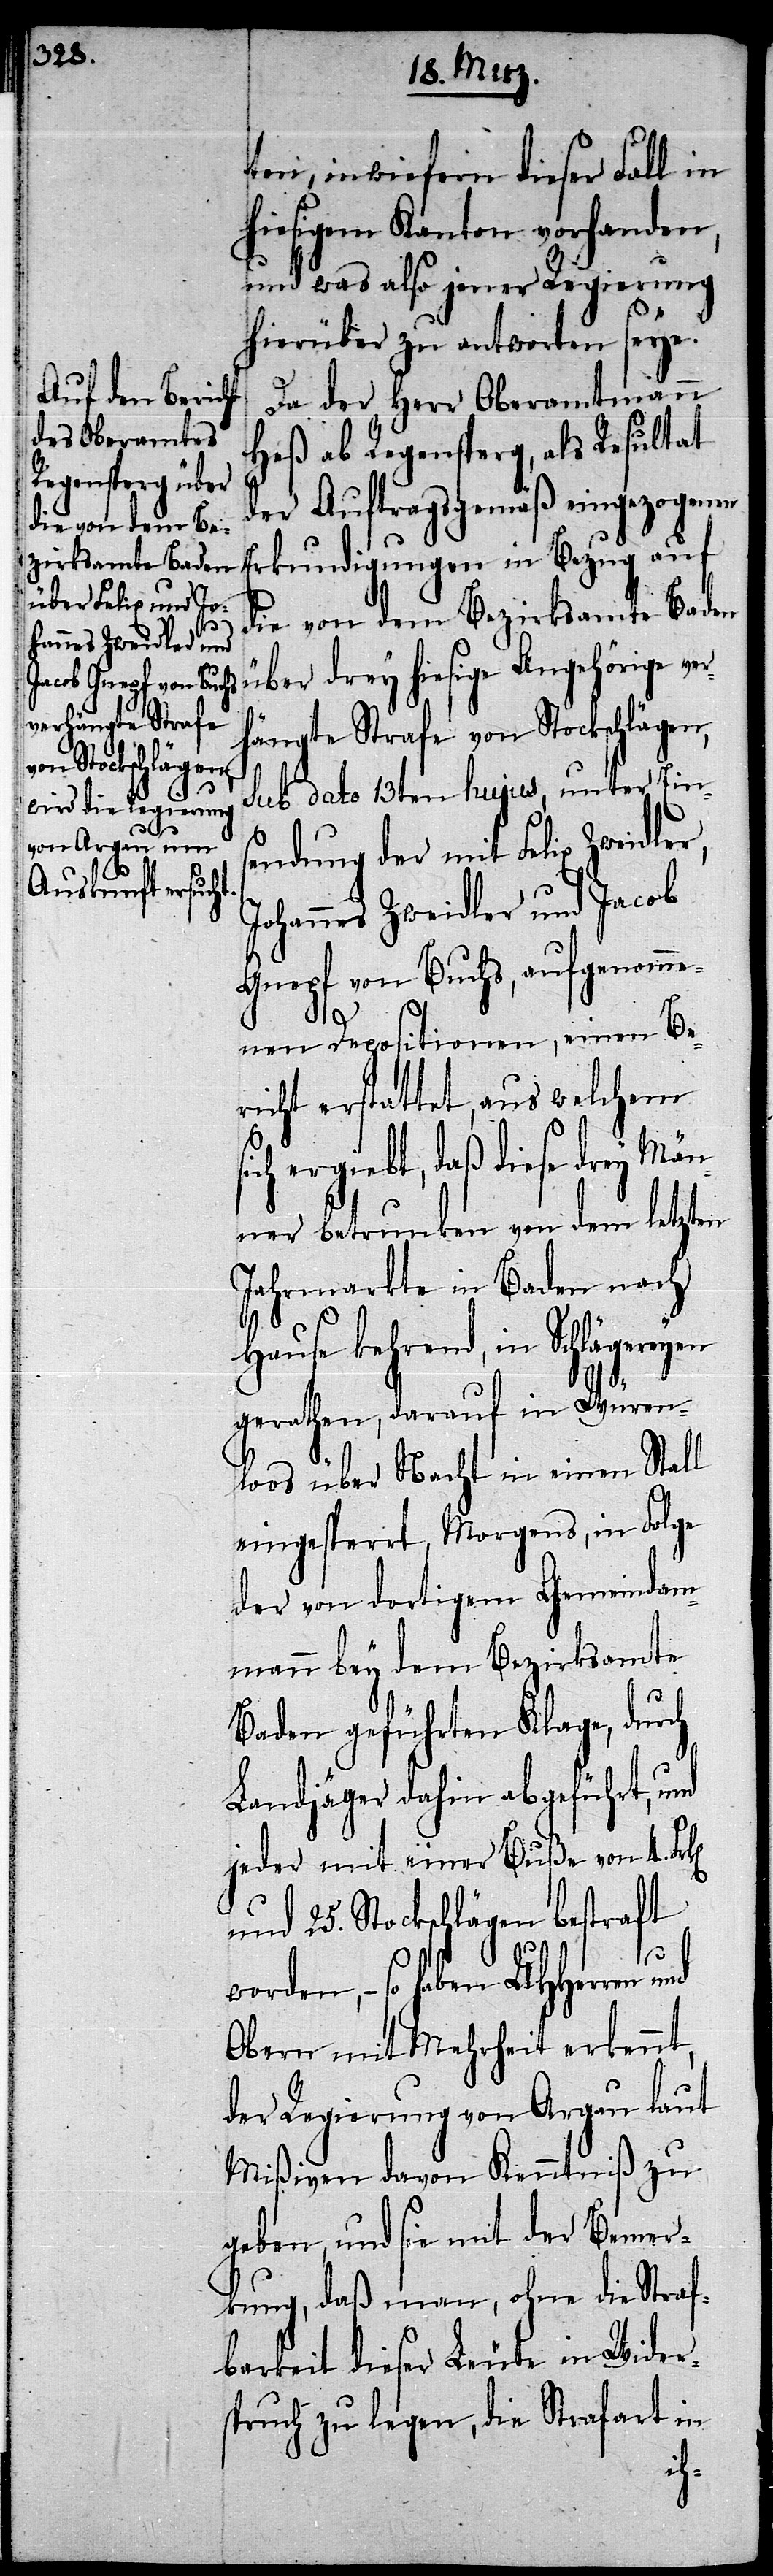
ten, inwiefern dieser Fall in
hiesigem Kanton vorhanden,
und was also jener Regierung
hierüber zu antworten seye.
Da der Herr Oberamtmann
Heß ab Regensperg, als Resultat
der Auftragsgemäß eingezogenen
Erkundigungen in Bezug auf
die von dem Bezirksamte Baden
über drey hiesige Angehörige ve¬
hängte Strafe von Stockschlägen,
sub dato 13ten hujus, unter Ein¬
sendung der mit Felix Zweidler,
Johannes Zweidler und Jacob
Gnepf von Buchs, aufgenomm¬
enen Depositionen, einen Be¬
richt erstattet, aus welchem
ich ergiebt, daß diese drey Män¬
ner betrunken von dem letzten
Jahrmarkte in Baden nach
Hause kehrend, in
gerathen, darauf in Würen¬
loos über Nacht in einen Stall
eingesperrt, Morgens, in Folge
der von dortigem Gemeindam¬
mann bey dem Bezirksamte
Baden geführten Klage, durch
Landjäger dahin abgeführt, und
jeder mit einer Buße von 4.
und 25. Stockschlägen bestraft
worden, – so haben UHHerren und
Obern mit Mehrheit erkennt,
der Regierung von Argau laut
Mißiven davon Kenntniß zu
geben, und sie mit der Bemer¬
kung, daß man, ohne die Straf¬
barkeit dieser Leute in Widers¬
pruch zu legen, die Strafart in
s¬